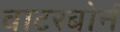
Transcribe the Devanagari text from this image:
वाटरबोर्न